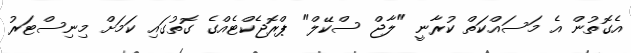
އެގޮތުން އެ މަސައްކަތް ކުރާނީ "ލާޖް ސްކޭލް" ޕްރޮޖެކްޓެއްގެ ގޮތުގައި ކަމަށް މިނިސްޓަރު